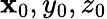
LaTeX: \mathbf{x}_{0},y_{0},z_{0}